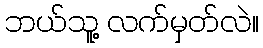
ဘယ်သူ့ လက်မှတ်လဲ။